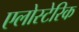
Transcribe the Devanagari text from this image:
एलोस्टेरिक